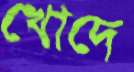
খোদে